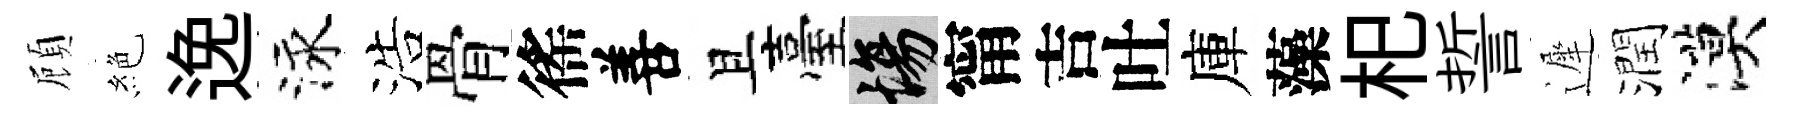
頋絶𨓜泳浩骨徭善且臺場甯吉吐庫藻𣏌誓遲潤漠